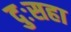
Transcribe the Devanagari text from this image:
दुःसहा